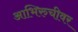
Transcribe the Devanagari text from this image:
आभिरुचीवर